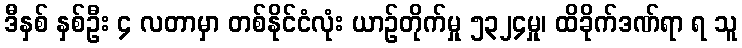
ဒီနှစ် နှစ်ဦး ၄ လတာမှာ တစ်နိုင်ငံလုံး ယာဉ်တိုက်မှု ၅၃၂၄မှု၊ ထိခိုက်ဒဏ်ရာ ရ သူ